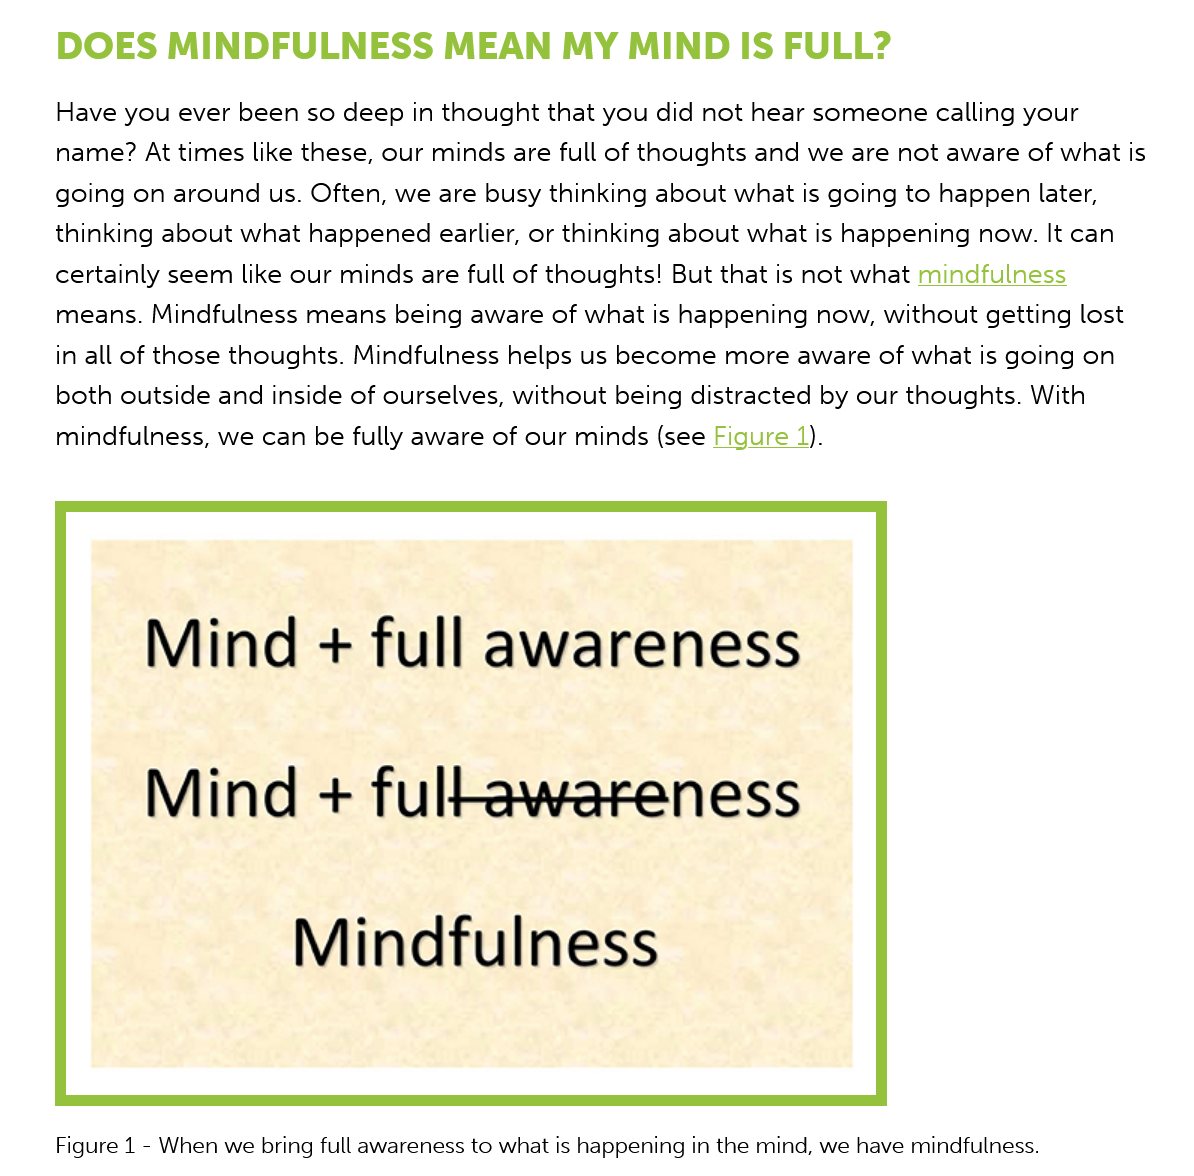
DOES   MINDFULNESS    MEAN MY   MIND    IS    FULL?
     Have you ever been so deep in thought that you did not hear someone calling your
    name? At times like these, our minds are full of thoughts and we are not aware of what is
    going on around us. Often, we are busy thinking about what is going to happen later,
    thinking about what happened earlier, or thinking about what is happening now. It can
    certainly seem like our minds are full of thoughts! But that is not what mindfulness
    means. Mindfulness means being aware of what is happening now, without getting lost
    in all of those thoughts. Mindfulness helps us become more aware of what is going on
    both outside and inside of ourselves, without being distracted by our thoughts. With
    mindfulness, we can be fully aware of our minds (see Figure 1).
     Mind    +   full    awareness
     Mind    +   fullbewareness
     Mindfulness
    Figure 1
     -
     When we bring full awareness to what is happening in the mind, we have mindfulness.